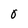
Character: O